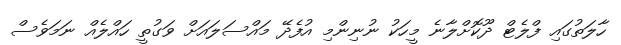
ހާލަތުގައި ފްލެޓް ދޫކޮށްލާނެ މީހަކު ނުނިންމި އުފެދޭ މައްސަލައަށް ވަގުތީ ހައްލެއް ނަމަވެސް